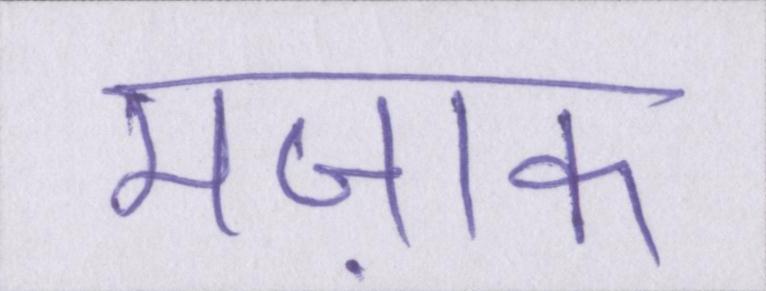
मज़ाक